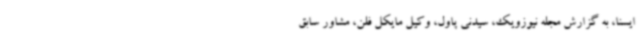
ایسنا، به گزارش مجله نیوزویک، سیدنی پاول، وکیل مایکل فلن، مشاور سابق